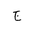
Letter: _gim